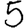
Digit: 5